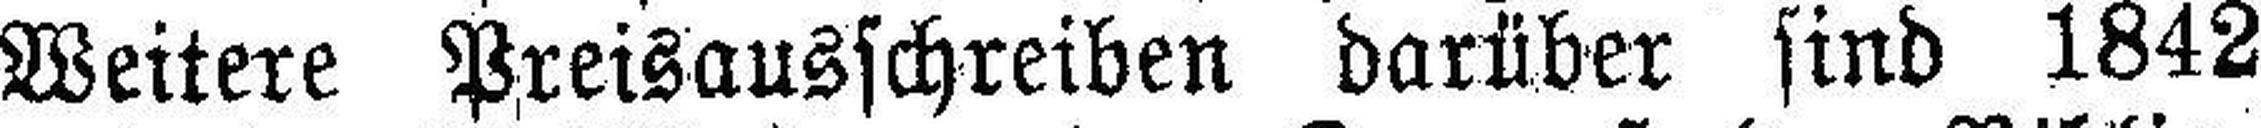
Weitere Preisausschreiben darüber sind 1842